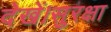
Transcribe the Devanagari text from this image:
देखें।सुरक्षा